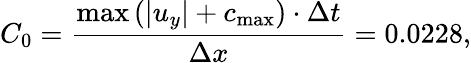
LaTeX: {C_{0}}=\frac{{\operatorname*{max}\left({\left|{{u_{y}}}\right|+{c_{\operatorname*{max}}}}\right)\cdot\Delta t}}{{\Delta x}}=0.0228,